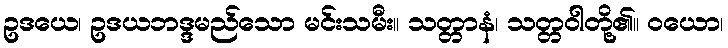
ဥဒယေ၊ ဥဒယဘဒ္ဒမည်သော မင်းသမီး။ သတ္တာနံ၊ သတ္တဝါတို့၏။ ဝယော၊